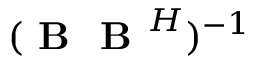
( \textbf { B } \textbf { B } ^ { H } ) ^ { - 1 }